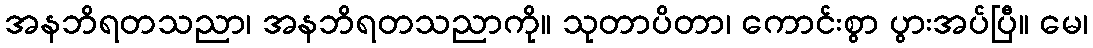
အနဘိရတသညာ၊ အနဘိရတသညာကို။ သုတာပိတာ၊ ကောင်းစွာ ပွားအပ်ပြီ။ မေ၊